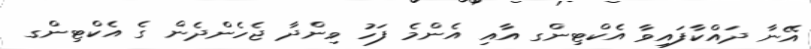
އޭނާ ދައްކާފައިވާ އެކްޓިންގ އާއި އެންމެ ފަހު ވިންދާ ޖެހެންދެން ގެ އެކްޓިންގ